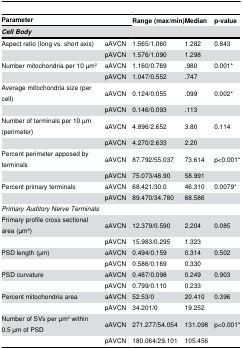
<table><thead><tr><td colspan="2"><b>Parameter</b></td><td><b>Range (max/min)</b></td><td><b>Median</b></td><td><b>p-value</b></td></tr><tr><td colspan="5"><b><i>Cell Body</i></b></td></tr></thead><tbody><tr><td>Aspect ratio (long vs. short axis)</td><td>aAVCN</td><td>1.565/1.060</td><td>1.282</td><td>0.843</td></tr><tr><td></td><td>pAVCN</td><td>1.576/1.090</td><td>1.298</td><td></td></tr><tr><td>Number mitochondria per 10 μm<sup>2</sup></td><td>aAVCN</td><td>1.160/0.769</td><td>.980</td><td>0.001*</td></tr><tr><td></td><td>pAVCN</td><td>1.047/0.552</td><td>.747</td><td></td></tr><tr><td>Average mitochondria size (per cell)</td><td>aAVCN</td><td>0.124/0.055</td><td>.099</td><td>0.002*</td></tr><tr><td></td><td>pAVCN</td><td>0.146/0.093</td><td>.113</td><td></td></tr><tr><td>Number of terminals per 10 μm (perimeter)</td><td>aAVCN</td><td>4.896/2.652</td><td>3.80</td><td>0.114</td></tr><tr><td></td><td>pAVCN</td><td>4.270/2.633</td><td>2.20</td><td></td></tr><tr><td>Percent perimeter apposed by terminals</td><td>aAVCN</td><td>87.792/55.037</td><td>73.614</td><td>p&lt;0.001*</td></tr><tr><td></td><td>pAVCN</td><td>75.073/48.90</td><td>58.991</td><td></td></tr><tr><td>Percent primary terminals</td><td>aAVCN</td><td>68.421/30.0</td><td>46.310</td><td>0.0079*</td></tr><tr><td></td><td>pAVCN</td><td>89.470/34.780</td><td>68.586</td><td></td></tr><tr><td colspan="5"><i>Primary Auditory Nerve Terminals</i></td></tr><tr><td>Primary profile cross sectional area (μm<sup>2</sup>)</td><td>aAVCN</td><td>12.379/0.590</td><td>2.204</td><td>0.085</td></tr><tr><td></td><td>pAVCN</td><td>15.983/0.295</td><td>1.323</td><td></td></tr><tr><td>PSD length (μm)</td><td>aAVCN</td><td>0.494/0.159</td><td>0.314</td><td>0.502</td></tr><tr><td></td><td>pAVCN</td><td>0.586/0.169</td><td>0.330</td><td></td></tr><tr><td>PSD curvature</td><td>aAVCN</td><td>0.487/0.098</td><td>0.249</td><td>0.903</td></tr><tr><td></td><td>pAVCN</td><td>0.799/0.110</td><td>0.233</td><td></td></tr><tr><td>Percent mitochondria area</td><td>aAVCN</td><td>52.53/0</td><td>20.410</td><td>0.396</td></tr><tr><td></td><td>pAVCN</td><td>34.201/0</td><td>19.252</td><td></td></tr><tr><td>Number of SVs per μm<sup>2</sup> within 0.5 μm of PSD</td><td>aAVCN</td><td>271.277/54.054</td><td>131.098</td><td>p&lt;0.001*</td></tr><tr><td></td><td>pAVCN</td><td>180.064/29.101</td><td>105.456</td><td></td></tr></tbody></table>